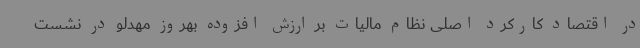
در اقتصاد کارکرد اصلی نظام مالیات بر ارزش افزوده بهروز مهدلو در نشست